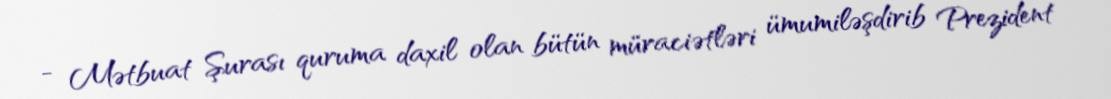
- Mətbuat Şurası quruma daxil olan bütün müraciətləri ümumiləşdirib Prezident